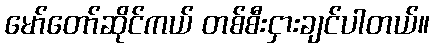
မော်တော်ဆိုင်ကယ် တစ်စီးငှားချင်ပါတယ်။